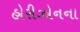
હોરીઝોનના